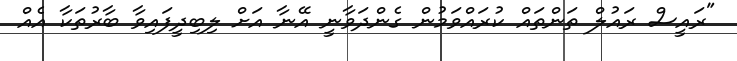
"ރައީސް ރައުލް ތަންތައް ކުރައްވަމުން ގެންދަވާނީ އޭނާ އަށް ލިބިދީފައިވާ ބާރުތަކާ އެއް